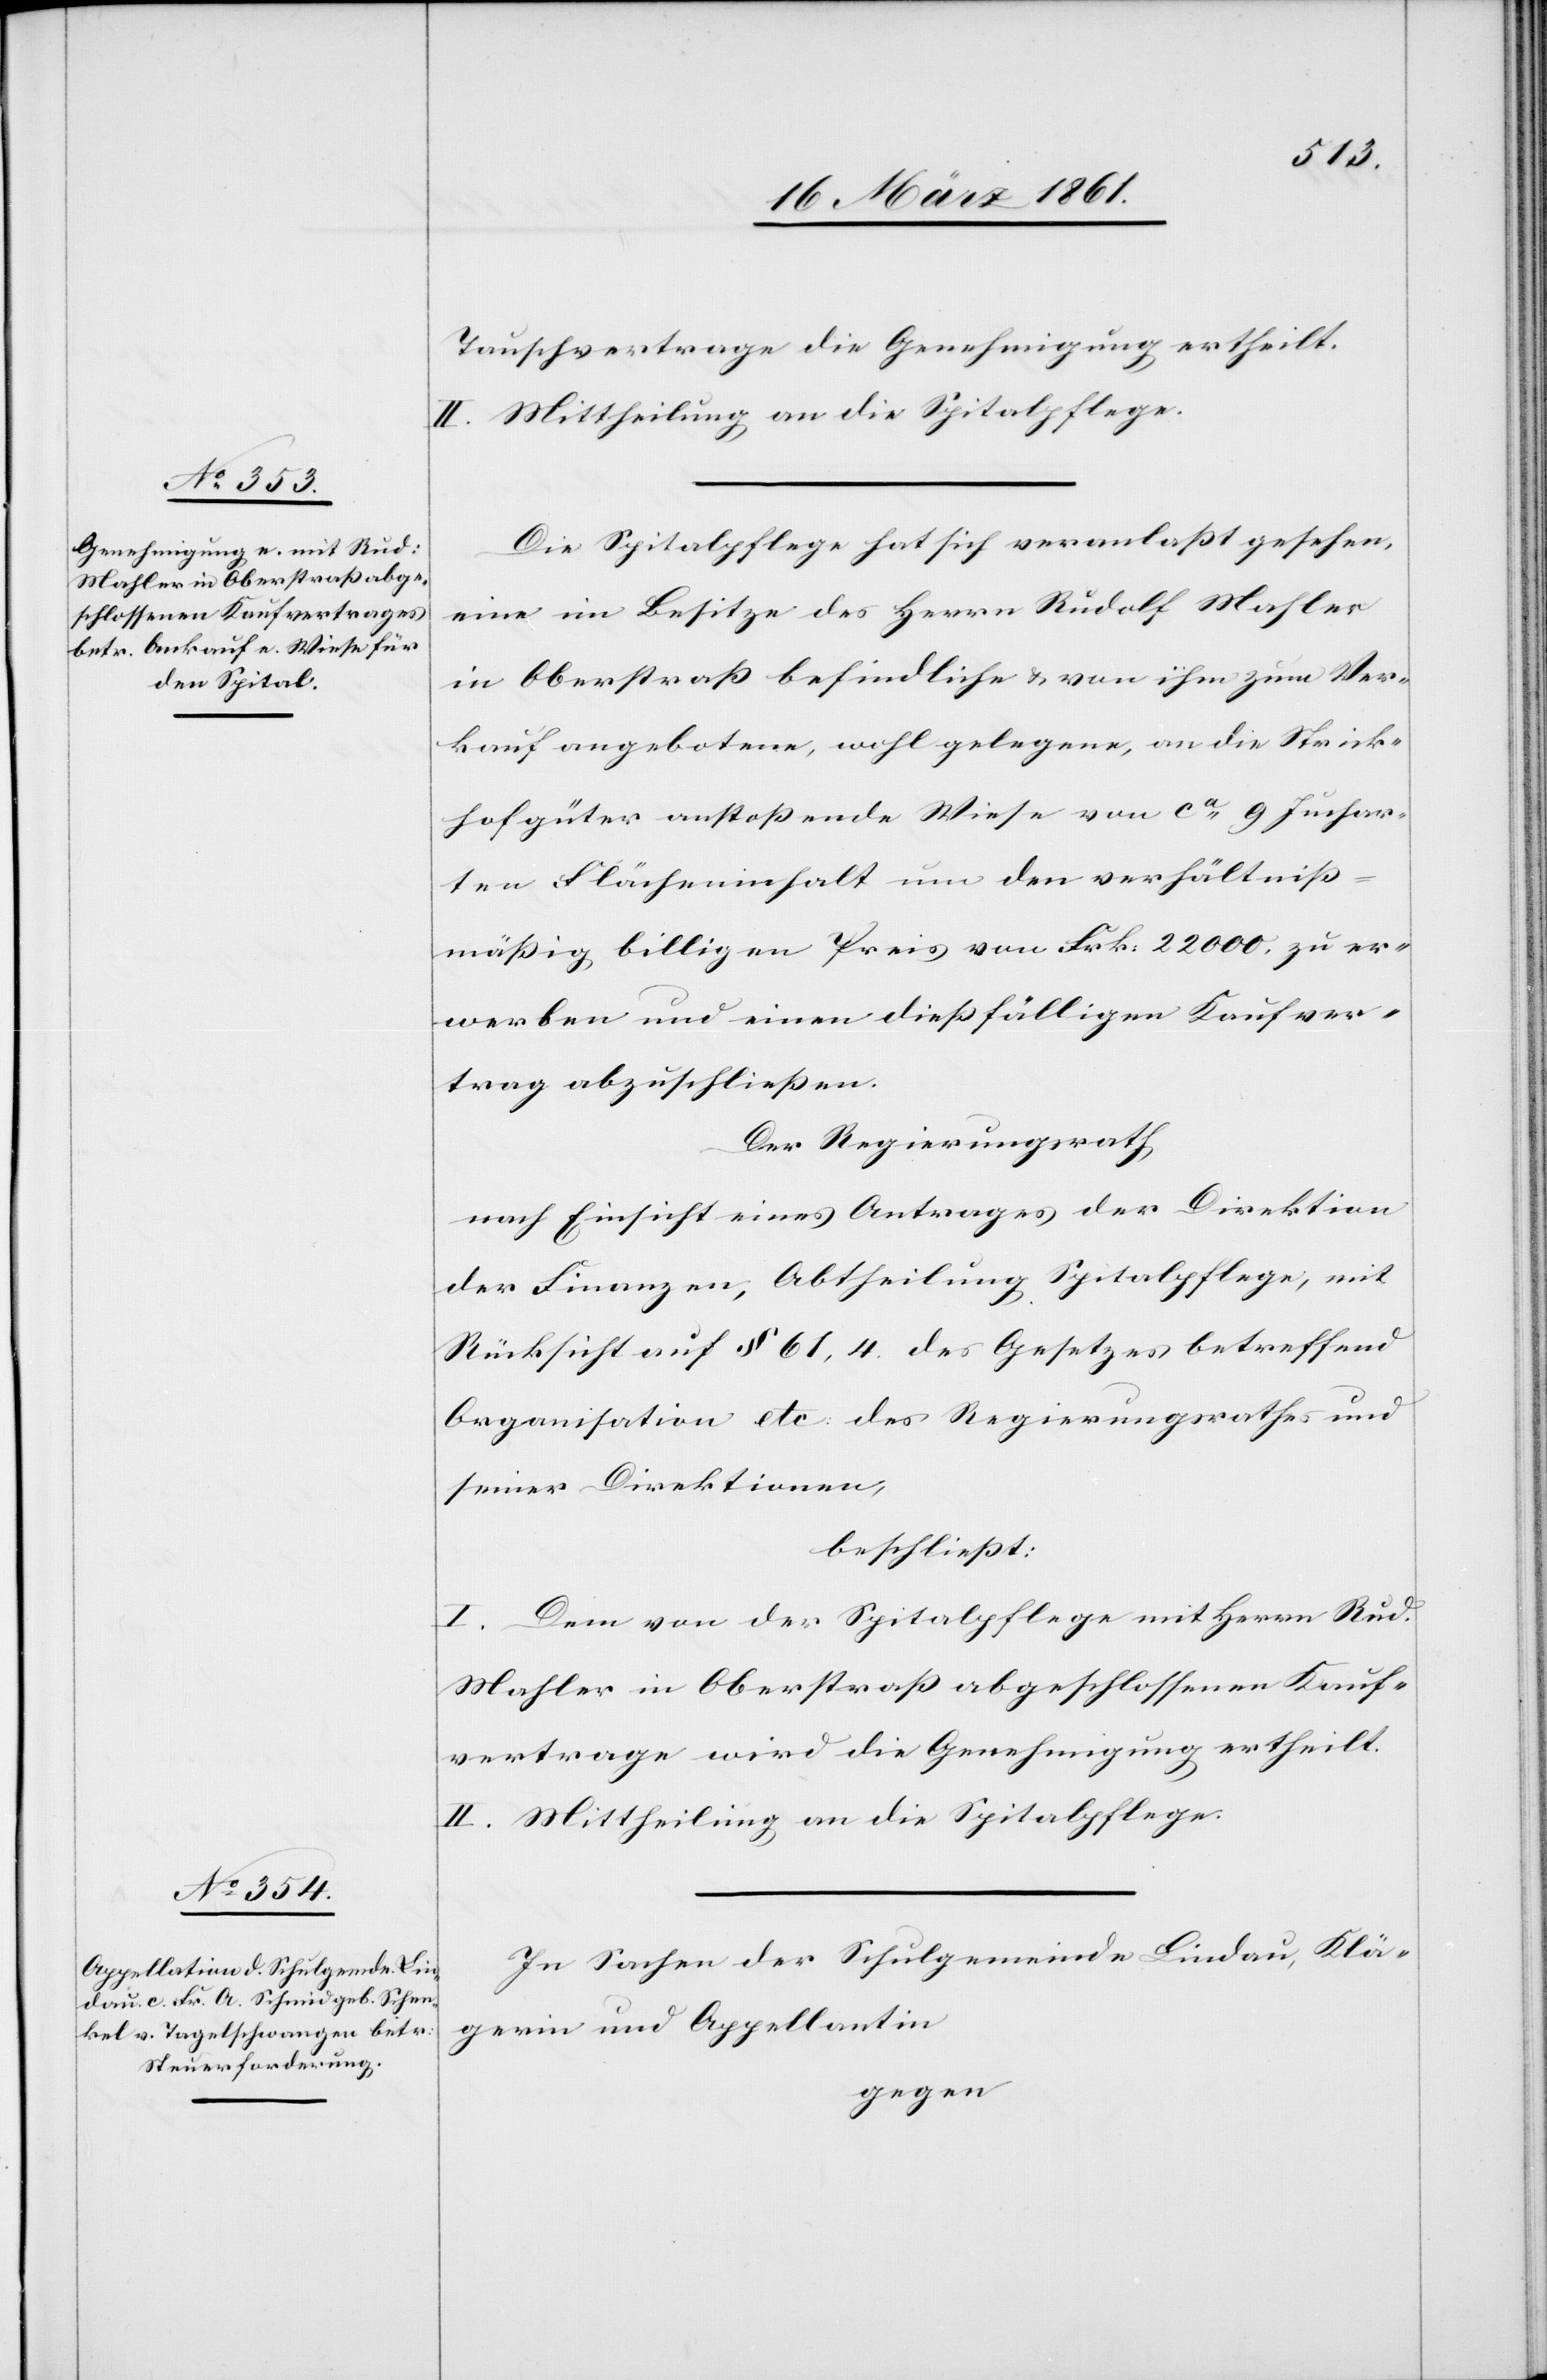
Tauschvertrage die Genehmigung ertheilt.
II. Mittheilung an die Spitalpflege.
Die Spitalpflege hat sich veranlaßt gesehen,
eine im Besitze des Herrn Rudolf Mahler
in Oberstraß befindliche u. von ihm zum Ver¬
kauf angebotene, wohl gelegene, an die Strick¬
hofgüter anstossende Wiese von ca 9 Juchar¬
ten Flächeninhalt um den verhältniß¬
mäßig billigen Preis von Frk. 22 000 zu er¬
werben und einen dießfälligen Kaufver¬
trag abzuschließen.
Der Regierungsrath,
nach Einsicht eines Antrages der Direktion
der Finanzen, Abtheilung Spitalpflege, mit
Rücksicht auf § 61,4 des Gesetzes betreffend
Organisation etc. des Regierungsrathes und
seiner Direktionen,
beschließt:
I. Dem von der Spitalpflege mit Herrn Rud.
Mahler in Oberstraß abgeschlossenen Kauf¬
vertrage wird die Genehmigung ertheilt.
II. Mittheilung an die Spitalpflege.
In Sachen der Schulgemeinde Lindau, Klä¬
gerin und Appellantin
gegen